65_HS1-834228961_62-HQ-83894_Section_6
Agency: FBI
Page 44
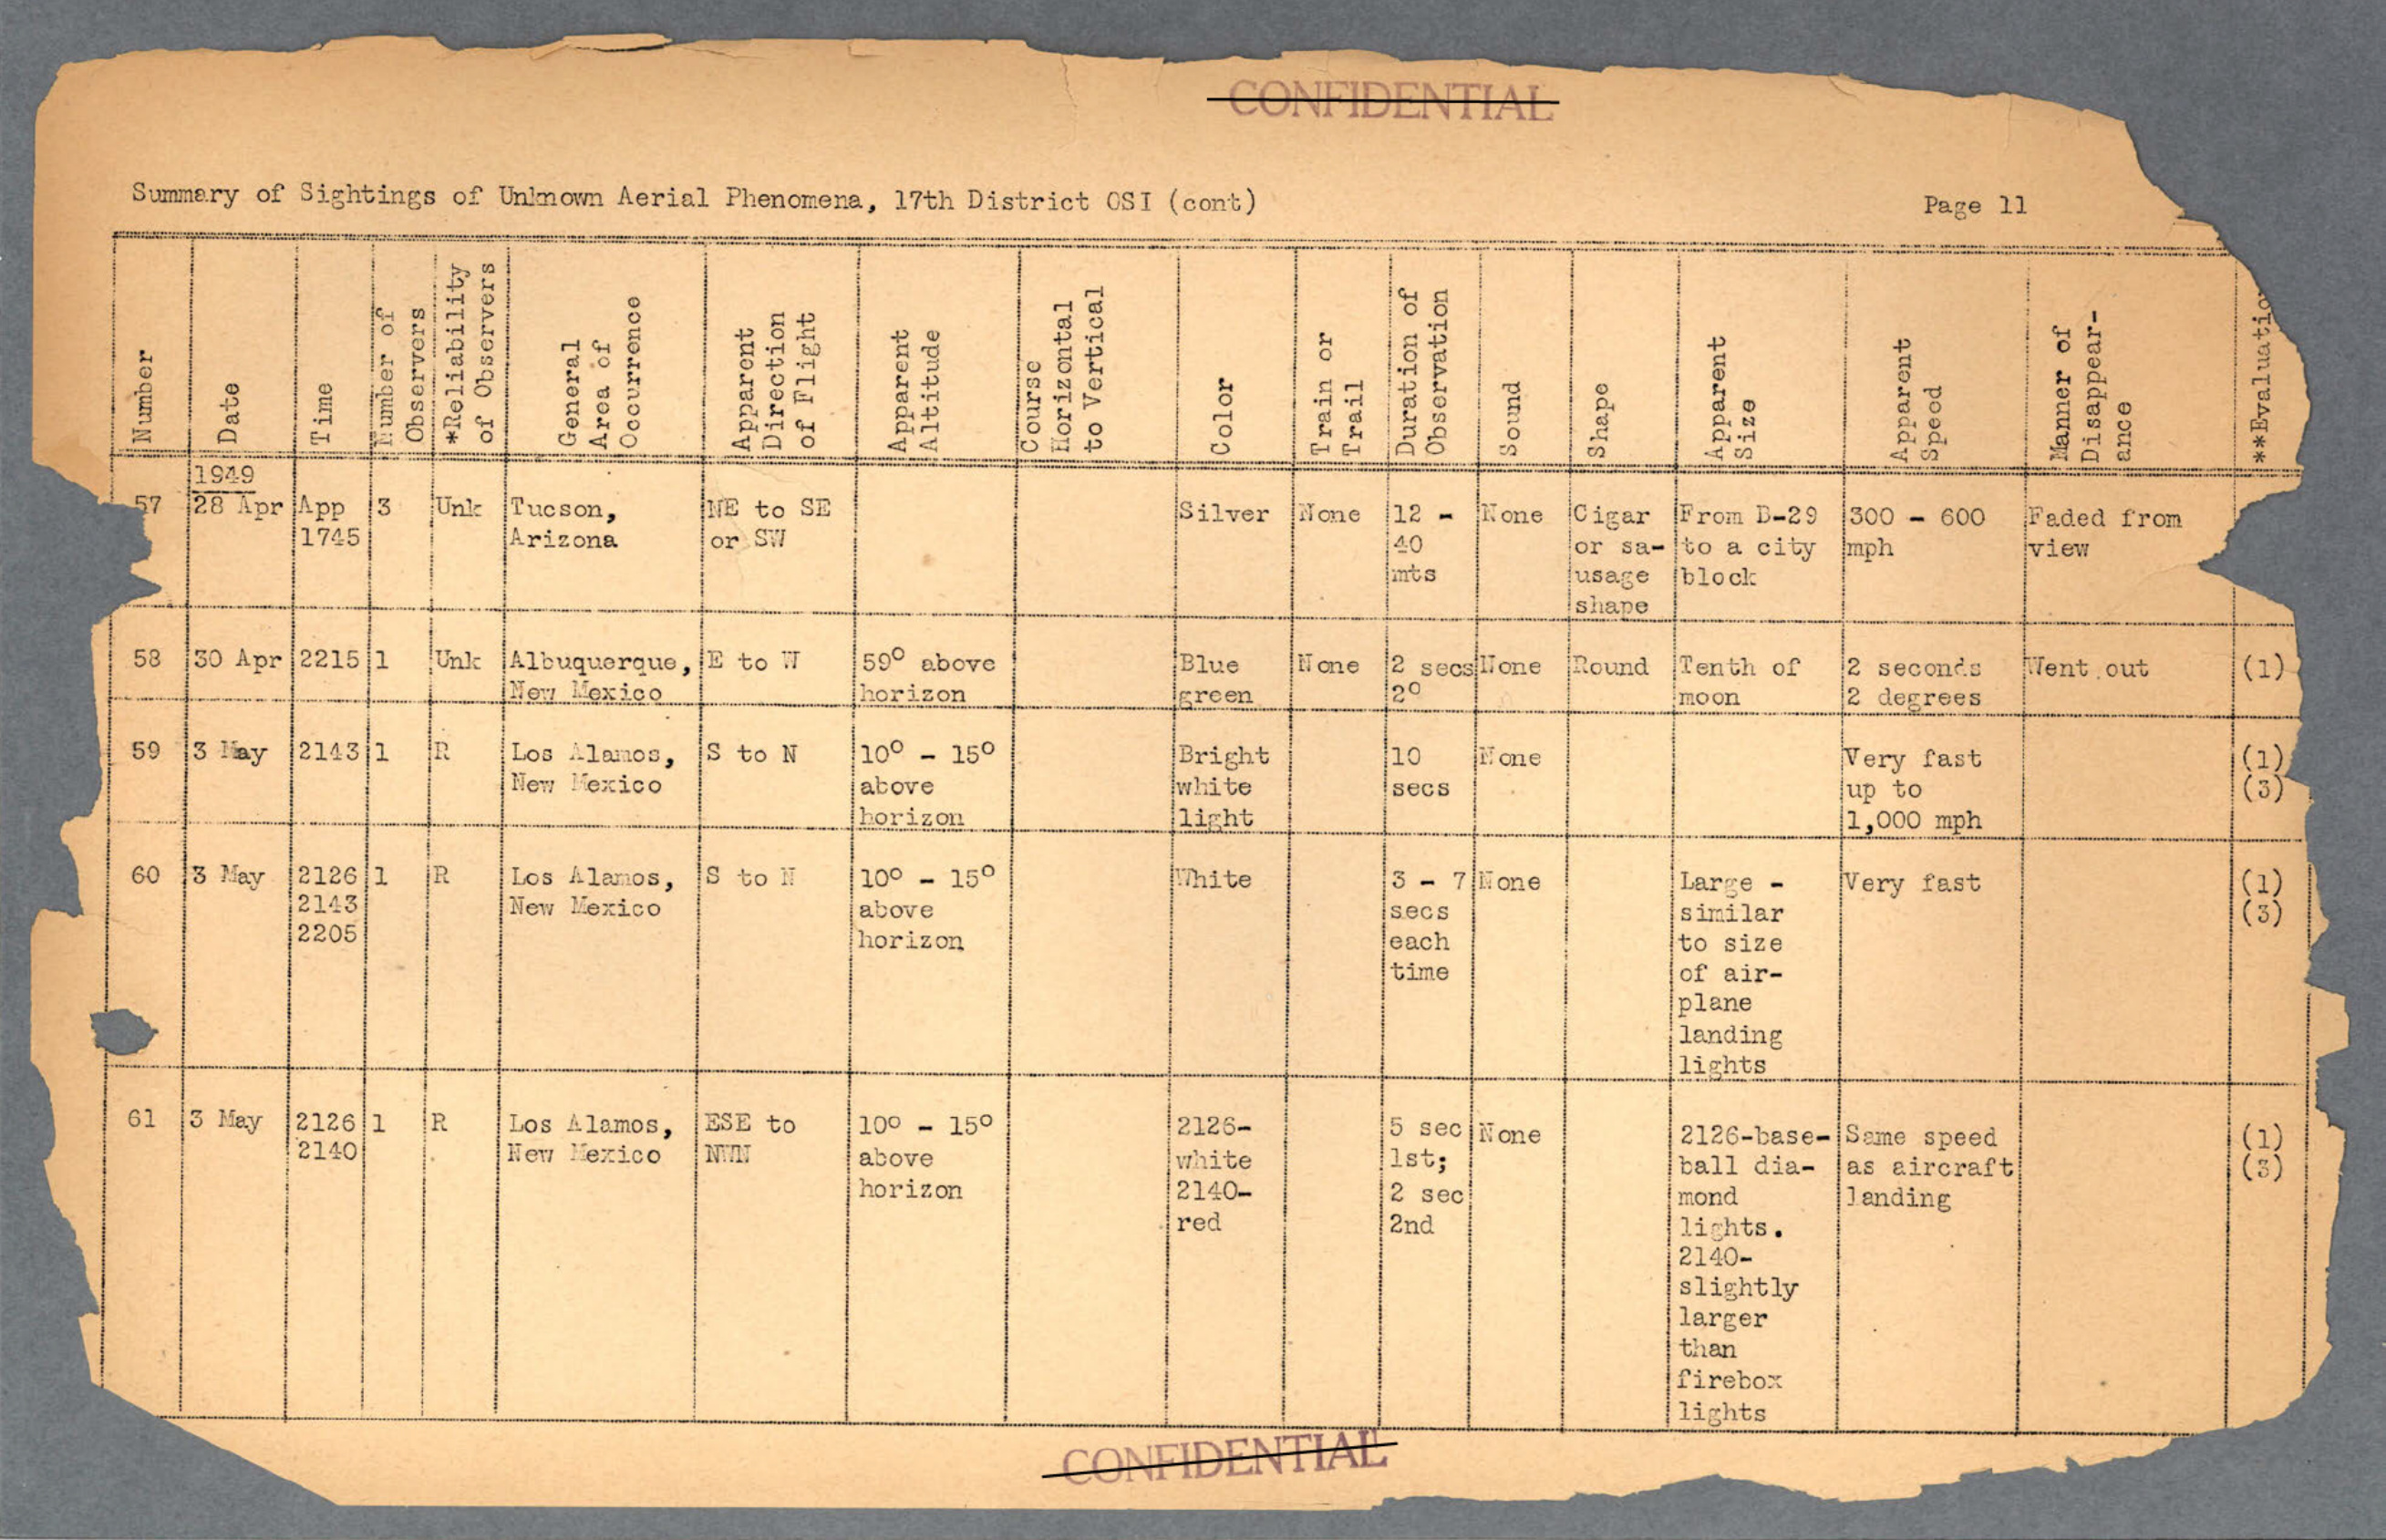